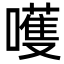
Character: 嚄